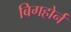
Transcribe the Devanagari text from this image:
बिगहोर्न